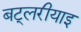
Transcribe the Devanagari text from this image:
बट्लरीयाइ